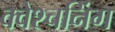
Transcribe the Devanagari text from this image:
क्वेश्चनिंग